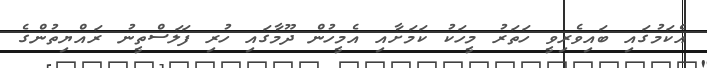
އެކަމުގައި ބައިވެރިވީ ހަތަރު މީހަކު ކަމަށާއި އެމީހުން ދޫމާގައި ހުރި ފަލަސްތީނު ރައްޔިތުންގެ